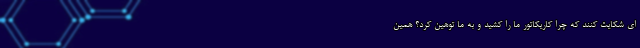
ای شکایت کنند که چرا کاریکاتور ما را کشید و به ما توهین کرد؟ همین